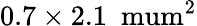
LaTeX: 0.7\times 2.1~\mathrm{\ mum^{2}}